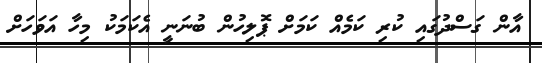
އާން ގަސްދުގައި ކުރި ކަމެއް ކަމަށް ޕޮލިހުން ބުނަނީ އެކަމަކު މިހާ އަވަހަށް